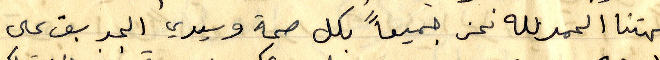
جهتنا الحمد لله نحن جميعاً بكل صحة الجربق على